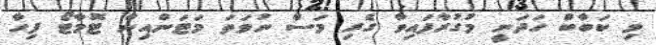
މި ކަބާބް ހަދަނީ މުގުރާފައިވާ ގެރި މަސް ނުވަތަ މަޓަންއިން ޓޮމާޓޯ ފިހާ